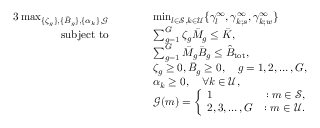
\begin{array} { r l r l r l } { { 3 } \operatorname* { m a x } _ { \{ \zeta _ { g } \} , \{ \ensuremath { \bar { B } } _ { g } \} , \{ \alpha _ { k } \} , \mathcal { G } } } & { \quad } & & { \operatorname* { m i n } _ { l \in \mathcal { S } , k \in \mathcal { U } } \{ \gamma _ { l } ^ { \infty } , \gamma _ { k ; s } ^ { \infty } , \gamma _ { k ; w } ^ { \infty } \} } & & { } \\ { \mathrm { s u b j e c t ~ t o } } & { } & & { \sum _ { g = 1 } ^ { G } \zeta _ { g } \ensuremath { \bar { M } } _ { g } \le \ensuremath { \bar { K } } , } & & { } \\ & { } & & { \sum _ { g = 1 } ^ { G } \ensuremath { \bar { M } } _ { g } \ensuremath { \bar { B } } _ { g } \le \ensuremath { \hat { B } _ { \mathrm { t o t } } } , } & & { } \\ & { } & & { \zeta _ { g } \ge 0 , \ensuremath { \bar { B } } _ { g } \ge 0 , \quad g = 1 , 2 , \ldots , G , } & & { } \\ & { } & & { \alpha _ { k } \ge 0 , \quad \forall k \in \mathcal { U } , } & & { } \\ & { } & & { \mathcal { G } ( m ) = \left\{ \begin{array} { l r } { 1 } & { : m \in \mathcal { S } , } \\ { 2 , 3 , \ldots , G } & { : m \in \mathcal { U } . } \end{array} \right. } & & { } \end{array}